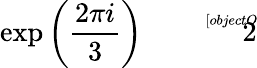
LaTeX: \exp\left({\frac{2\pi i}{3}}\right){\sqrt[[objectObject]]{2}}